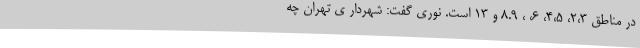
در مناطق ۲،۳، ۴،۵، ۶، ، ۸.۹ و ۱۳ است. نوری گفت: شهردار ی تهران چه